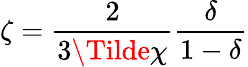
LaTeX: \zeta=\frac{2}{3\Tilde{\chi}}\frac{\delta}{1-\delta}